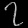
Digit: ၇